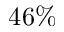
4 6 \%